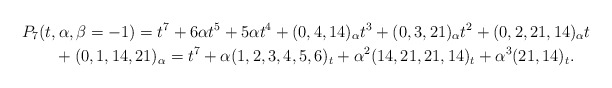
\begin{gather*}P_7(t,\alpha,\beta=-1)=t^7+6 \alpha t^5 + 5 \alpha t^4 +(0,4,14)_{\alpha} t^3 + (0,3,21)_{\alpha} t^2 + (0,2,21,14)_{\alpha} t\\\qquad{} +(0,1,14,21)_{\alpha} = t^7+\alpha(1,2,3,4,5,6)_{t}+ \alpha^2(14,21,21,14)_{t} + \alpha^3(21,14)_{t}.\end{gather*}